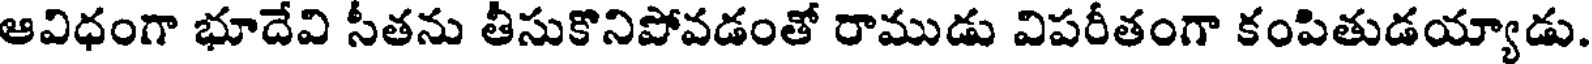
ఆవిధంగా భూదేవి సీతను తీసుకొనిపోవడంతో రాముడు విపరీతంగా కంపితుడయ్యాడు.